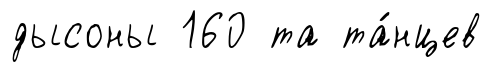
дысоны 160 та та́нцев